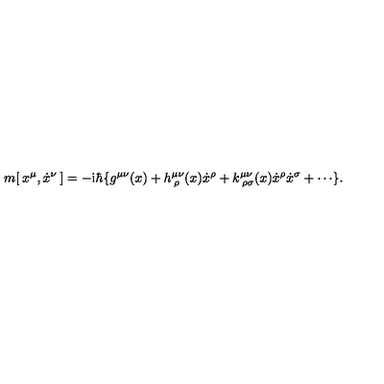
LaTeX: m [ \: x ^ { \mu } , \dot { x } ^ { \nu } \: ] = - \mathrm { i } \hbar \{ g ^ { \mu \nu } ( x ) + h _ { \: \rho } ^ { \mu \nu } ( x ) \dot { x } ^ { \rho } + k _ { \: \rho \sigma } ^ { \mu \nu } ( x ) \dot { x } ^ { \rho } \dot { x } ^ { \sigma } + \cdots \} .